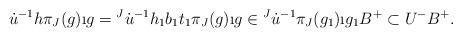
LaTeX: \begin{align*}\dot{u}^{-1} h \pi_J(g) \i g &= {}^J\dot{u}^{-1} h_1 b_1 t_1 \pi_J(g) \i g \in {}^J\dot{u}^{-1} \pi_J(g_1) \i g_1 B^+ \subset U^- B^+.\end{align*}